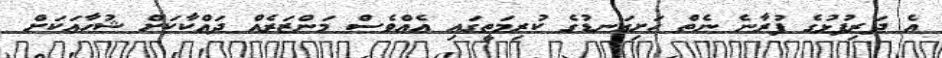
އެ ދަރިފުޅުގެ ފުރާނެ ނެތް ހަށިގަނޑުގެ ކުރިމަތީގައި އެއްވެސް މަންޒަރެއް ދައްކާކަށް ޝުހާއަކަށް